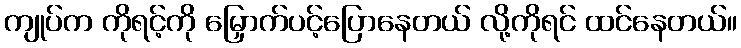
ကျုပ်က ကိုရင့်ကို မြှောက်ပင့်ပြောနေတယ် လို့ကိုရင် ထင်နေတယ်။